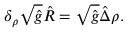
{ \delta _ { \rho } } \sqrt { \hat { g } } \hat { R } = \sqrt { \hat { g } } \hat { \Delta } \rho .